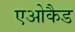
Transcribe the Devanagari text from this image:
एओकैड